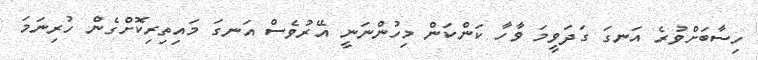
ހިސާބަށްވުރެ އަނގަ ގަދަވީމަ ވާހާ ކަންކަން މިހުންނަނީ އޭރުވެސް އަނގަ މައިތިރިކޮށްގެން ހުރިނަމަ